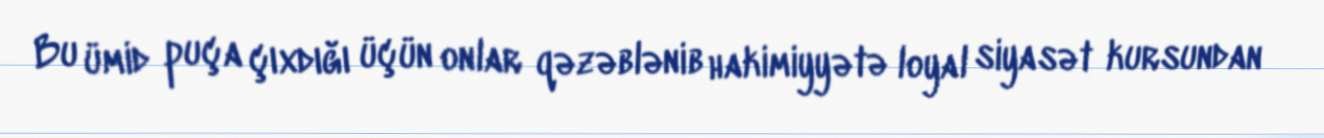
Bu ümid puça çıxdığı üçün onlar qəzəblənib hakimiyyətə loyal siyasət kursundan